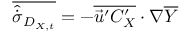
\overline { { \hat { \dot { \sigma } } _ { D _ { X , t } } } } = - \overline { { \vec { u } ^ { \prime } C _ { X } ^ { \prime } } } \cdot \nabla \overline { { Y } }